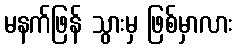
မနက်ဖြန် သွားမှ ဖြစ်မှာလား